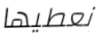
نعطيها